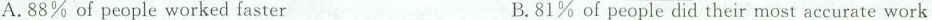
A.88% of people worked faster B.81% of people did their most accurate work